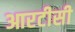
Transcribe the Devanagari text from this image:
आरटीसी